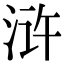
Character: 浒